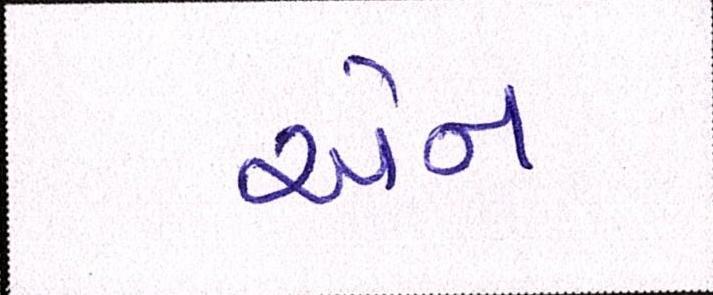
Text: એન